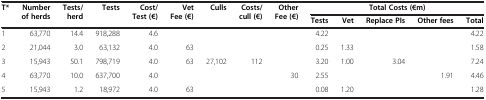
<table><thead><tr><td><b>T*</b></td><td><b>Number of herds</b></td><td><b>Tests/herd</b></td><td><b>Tests</b></td><td><b>Cost/Test (€)</b></td><td><b>Vet Fee (€)</b></td><td><b>Culls</b></td><td><b>Costs/cull (€)</b></td><td><b>Other Fee (€)</b></td><td colspan="5"><b>Total Costs (€m)</b></td></tr><tr><td><b> </b></td><td><b> </b></td><td><b> </b></td><td><b> </b></td><td><b> </b></td><td><b> </b></td><td><b> </b></td><td><b> </b></td><td><b> </b></td><td><b>Tests</b></td><td><b>Vet</b></td><td><b>Replace PIs</b></td><td><b>Other fees</b></td><td><b>Total</b></td></tr></thead><tbody><tr><td>1</td><td>63,770</td><td>14.4</td><td>918,288</td><td>4.6</td><td> </td><td> </td><td> </td><td> </td><td>4.22</td><td> </td><td> </td><td> </td><td>4.22</td></tr><tr><td>2</td><td>21,044</td><td>3.0</td><td>63,132</td><td>4.0</td><td>63</td><td> </td><td> </td><td> </td><td>0.25</td><td>1.33</td><td> </td><td> </td><td>1.58</td></tr><tr><td>3</td><td>15,943</td><td>50.1</td><td>798,719</td><td>4.0</td><td>63</td><td>27,102</td><td>112</td><td> </td><td>3.20</td><td>1.00</td><td>3.04</td><td> </td><td>7.24</td></tr><tr><td>4</td><td>63,770</td><td>10.0</td><td>637,700</td><td>4.0</td><td> </td><td> </td><td> </td><td>30</td><td>2.55</td><td> </td><td> </td><td>1.91</td><td>4.46</td></tr><tr><td>5</td><td>15,943</td><td>1.2</td><td>18,972</td><td>4.0</td><td>63</td><td> </td><td> </td><td> </td><td>0.08</td><td>1.20</td><td> </td><td> </td><td>1.28</td></tr></tbody></table>